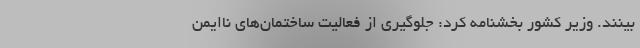
بینند. وزیر کشور بخشنامه کرد: جلوگیری از فعالیت ساختمان‌های ناایمن